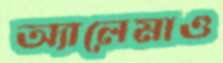
অ্যালেমাও